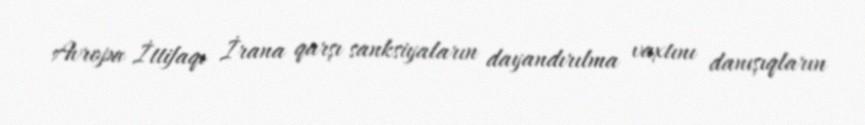
Avropa İttifaqı İrana qarşı sanksiyaların dayandırılma vaxtını danışıqların